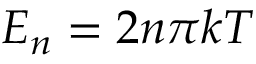
E _ { n } = 2 n \pi k T